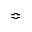
\Bumpeq